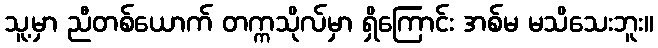
သူ့မှာ ညီတစ်ယောက် တက္ကသိုလ်မှာ ရှိကြောင်း အစ်မ မသိသေးဘူး။